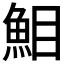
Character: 𩶖